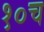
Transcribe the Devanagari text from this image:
१०च